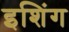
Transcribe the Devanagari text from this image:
इशिंग